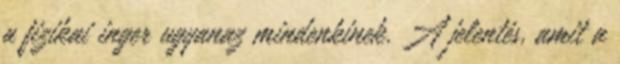
a fizikai inger ugyanaz mindenkinek. A jelentés, amit a